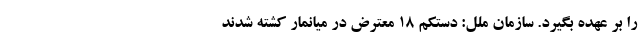
را بر عهده بگیرد. سازمان ملل: دستکم ۱۸ معترض در میانمار کشته شدند